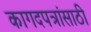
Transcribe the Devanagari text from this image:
कागदपत्रांसाठी